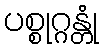
ပစ္စုဂ္ဂန္တုံ